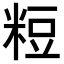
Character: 𥺉